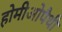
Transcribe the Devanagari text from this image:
होमीओपैथी